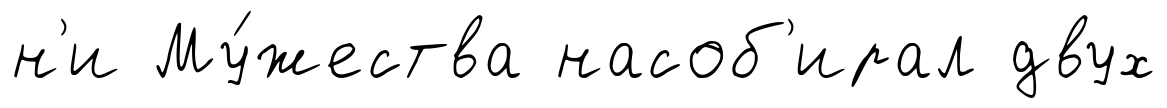
н'и Му́жества насоб'ирал двух